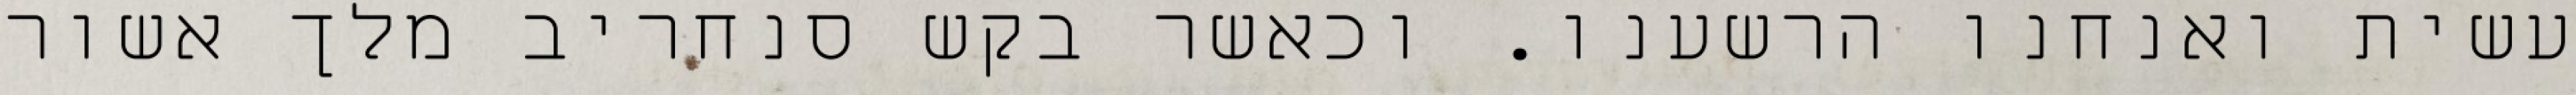
עשית ואנחנו הרשענו. וכאשר בקש סנחריב מלך אשור